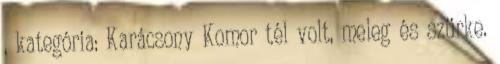
, kategória: Karácsony Komor tél volt, meleg és szürke.